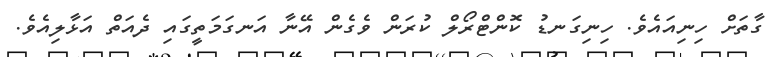
ގާތަށް ހިނިއައެވެ. ހިނިގަނޑު ކޮންޓްރޯލް ކުރަން ވެގެން އޭނާ އަނގަމަތީގައި ދެއަތް އަޅާލިއެވެ.